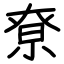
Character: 尞